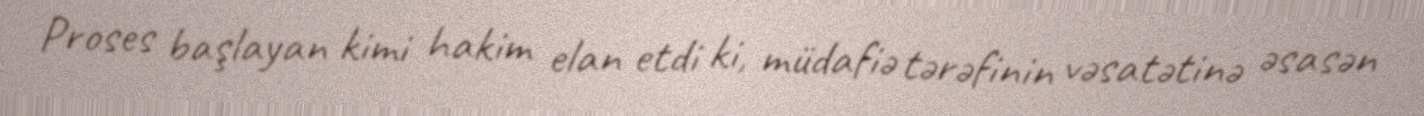
Proses başlayan kimi hakim elan etdi ki, müdafiə tərəfinin vəsatətinə əsasən